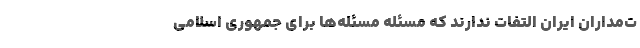
ت‌مداران ایران التفات ندارند که مسئله مسئله‌ها برای جمهوری اسلامی